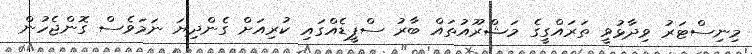
މިނިސްޓަރު ވިދާޅުވީ ތަރައްގީގެ މަޝްރޫއުތައް ބާރު ސްޕީޑެއްގައި ކުރިއަށް ގެންދިޔަ ނަމަވެސް ގޮންޖެހުން